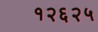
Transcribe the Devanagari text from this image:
१२६२५